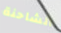
الشاحنة